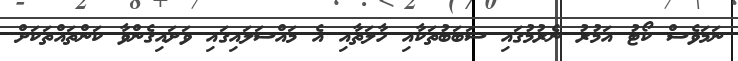
ނަމަވެސް ކޯޓު އަމުރު ނެރުމުގައި ސަބަބުތަކާއި ހާލަތާއި އެ މައްސަލައިގައި ވަށައިގެންވާ ކަންތައްތަކަށް